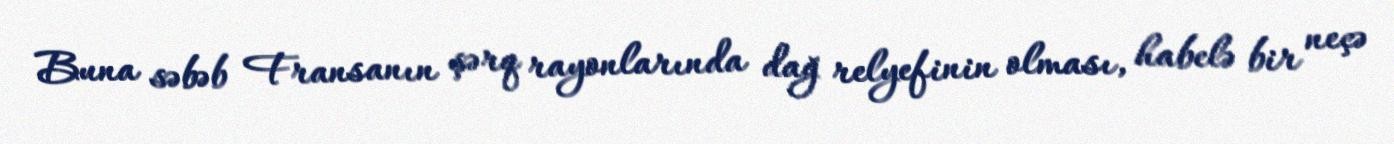
Buna səbəb Fransanın şərq rayonlarında dağ relyefinin olması, habelə bir neçə